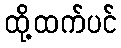
ထို့ထက်ပင်